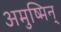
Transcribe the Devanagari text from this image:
अमुष्मिन्